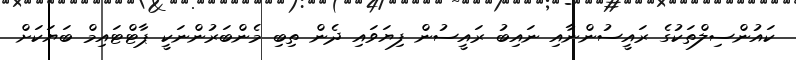
ކައުންސިލްތަކުގެ ރައީސުންނާއި ނައިބު ރައީސުން ފިޔަވައި ދެން ތިބި މެންބަރުންނަކީ ޕާޓްޓައިމް ބަޔަކަށް